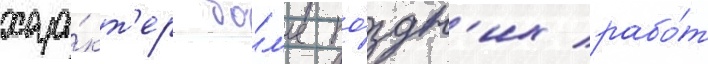
хара́кт'ер бо́л'ее по́здн'их рабо́т